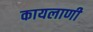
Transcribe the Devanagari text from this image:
कायलाणी